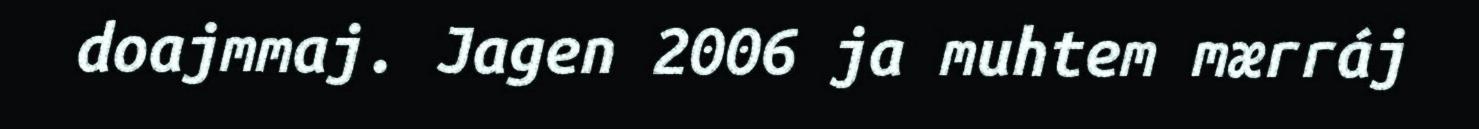
doajmmaj. Jagen 2006 ja muhtem mærráj